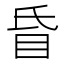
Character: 𥄇